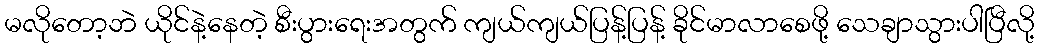
မလိုတော့ဘဲ ယိုင်နဲ့နေတဲ့ စီးပွားရေးအတွက် ကျယ်ကျယ်ပြန့်ပြန့် ခိုင်မာလာစေဖို့ သေချာသွားပါပြီလို့